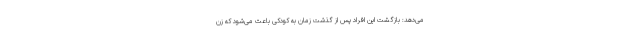
می‌دهد: بازگشت این افراد پس از گذشت زمان به کودکی باعث می‌شود که زن